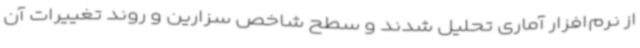
از نرم‌افزار آماری تحلیل شدند و سطح شاخص سزارین و روند تغییرات آن